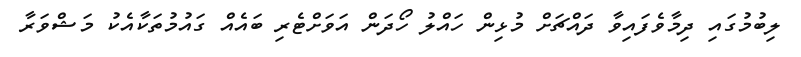
ލިބުމުގައި ދިމާވެފައިވާ ދައްޗަށް މުޅިން ހައްލު ހޯދަން އަވަށްޓެރި ބައެއް ގައުމުތަކާއެކު މަޝްވަރާ